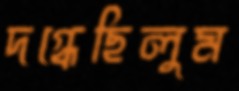
দগ্ধেছিলুম